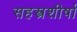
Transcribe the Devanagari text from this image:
सहस्त्रशीर्षा